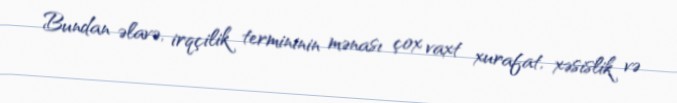
Bundan əlavə, irqçilik termininin mənası çox vaxt xurafat, xəsislik və